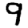
Digit: 9